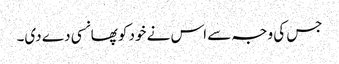
جس کی وجہ سے اس نے خود کو پھانسی دے دی۔